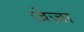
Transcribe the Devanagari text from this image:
ज़ेज़ा